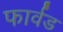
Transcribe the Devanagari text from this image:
फार्वड